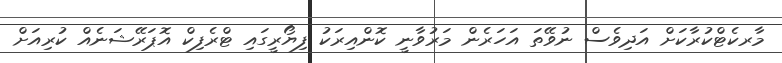
މާރކެޓްކުރާކަށް އަދިވެސް ނުވޭތަ އަހަރެން މަރުވާނީ ކޮންއިރަކު ފިޔޯރީގައި ޓްރެފިކް އޮޕަރޭޝަނެއް ކުރިއަށް